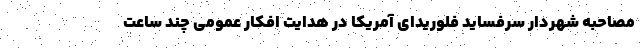
مصاحبه شهردار سِرفساید فلوریدای آمریکا در هدایت افکار عمومی چند ساعت